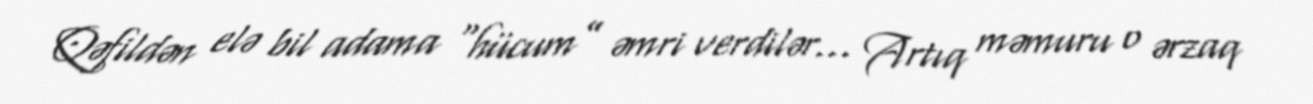
Qəfildən elə bil adama “hücum” əmri verdilər... Artıq məmuru o ərzaq